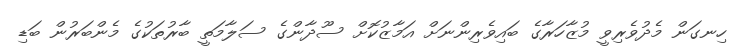
ހިނގަން މެދުވެރިވީ މުޒާހަރާގެ ބައިވެރިންނަށް އަމާޒުކޮށް ސޫދާންގެ ސަލާމަތީ ބާރުތަކުގެ މެންބަރުން ބަޑި